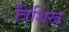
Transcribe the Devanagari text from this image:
त्रिशिख